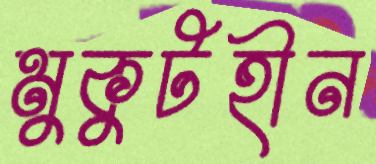
মুকুটহীন